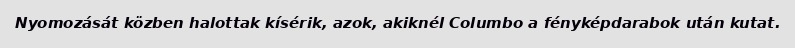
Nyomozását közben halottak kísérik, azok, akiknél Columbo a fényképdarabok után kutat.